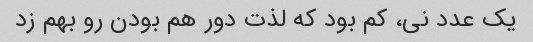
یک عدد نی، کم بود که لذت دور هم بودن رو بهم زد